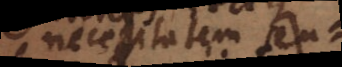
necessitatem seu